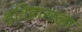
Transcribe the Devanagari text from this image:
इतिहासला